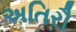
અતિરૌ